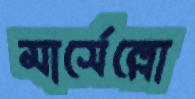
মার্সেল্লো